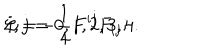
LaTeX: { \cal L } = - { \frac { 1 } { 4 } } { F ^ { i j } F _ { i j } } ; \hspace { 1 . 0 c m } i , j = 0 , 1 , 2 , 3 , 4 .